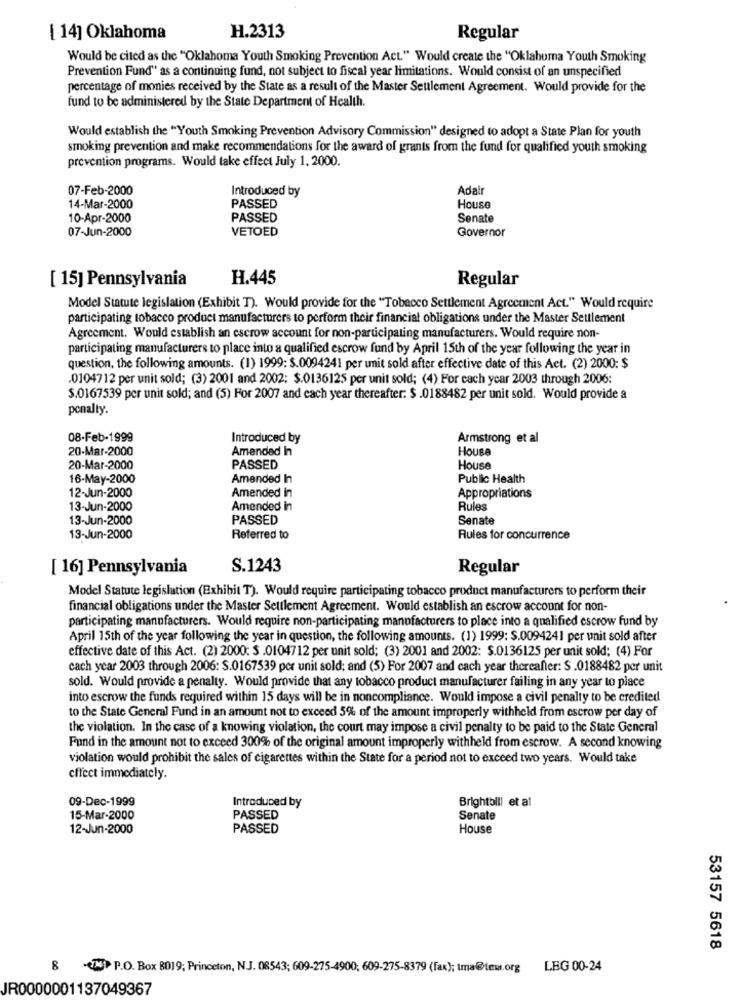
[ 14] Oklahoma
H.2313
Regular
Would be cited as the "Oklahoma Youth Smoking Prevention Act" Would create the "Oklahoma Youth Smoking
Prevention Fund" as a continuing fund, not subject to fiscal year limitations. Would consist of an unspecified
percentage of monies received by the State as a result of the Master Settlement Agreement. Would provide for the
fund to be administered by the State Department of Health.
Would establish the "Youth Smoking Prevention Advisory Commission" designed to adopt a State Plan for youth
smoking prevention and make recommendations for the award of grants from the fund for qualified youth smoking
prevention programs. Would take effect July 1, 2000.
07-Feb-2000
Introduced by
Adair
14-Mar-2000
PASSED
House
10-Apr-2000
PASSED
Senate
07-Jun-2000
VETOED
Governor
[ 15] Pennsylvania
H.445
Regular
Model Statute legislation (Exhibit T). Would provide for the "Tobacco Settlement Agreement Act." Would require
participating tobacco product manufacturers to perform their financial obligations under the Master Settlement
Agreement. Would establish an escrow account for non-participating manufacturers. Would require non-
participating manufacturers to place into a qualified escrow fund by April 15th of the year following the year in
question, the following amounts. (1) 1999: $.0094241 per unit sold after effective date of this Act. (2) 2000: $
0104712 per unit sold; (3) 2001 and 2002: $.0136125 per unit sold; (4) For each year 2003 through 2006:
$.0167539 per unit sold; and (5) For 2007 and cach year thereafter: $ .0188482 per unit sold. Would provide a
penalty.
08-Feb-1999
Introduced by
Armstrong et al
20-Mar-2000
Amended In
House
20-Mar-2000
PASSED
House
16-May-2000
Amended In
Public Health
12-Jun-2000
Amended in
Appropriations
13-Jun-2000
Amended in
Rules
13-Jun-2000
PASSED
Senate
13-Jun-2000
Referred to
Rules for concurrence
[ 16] Pennsylvania
S.1243
Regular
Model Statute legislation (Exhibit T). Would require participating tobacco product manufacturers to perform their
financial obligations under the Master Settlement Agreement. Would establish an escrow account for non-
participating manufacturers. Would require non-participating manufacturers to place into a qualified escrow fund by
April 15th of the year following the year in question, the following amounts. (1) 1999: S.0094241 per unit sold after
effective date of this Act. (2) 2000: $ .0104712 per unit sold; (3) 2001 and 2002: $.0136125 per unit sold; (4) For
cach year 2003 through 2006: S.0167539 per unit sold; and (5) For 2007 and cach year thereafter: S .0188482 per unit
sold. Would provide a penalty. Would provide that any tobacco product manufacturer failing in any year to place
into escrow the funds required within 15 days will be in noncompliance. Would impose a civil penalty to be credited
to the State General Fund in an amount not to exceed 5% of the amount improperly withheld from escrow per day of
the violation. In the case of a knowing violation, the court may impose a civil penalty to be paid to the State General
Fund in the amount not to exceed 300% of the original amount improperly withheld from escrow. A second knowing
violation would prohibit the sales of cigarettes within the State for a period not to exceed two years. Would take
effect immediately.
09-Dec-1999
Brightbili et al
Introduced by
15-Mar-2000
PASSED
Senate
12-Jun-2000
PASSED
House
53157 5618
P.O. Box 8019; Princeton, NJ. 08543; 609-275-4900; 609-275-8379 (fax); tma@tom.org
00
LBG 00-24
JR0000001137049367